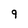
Character: 9